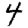
Digit: 4